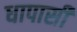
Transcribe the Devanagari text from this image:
धापासी